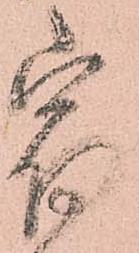
宿